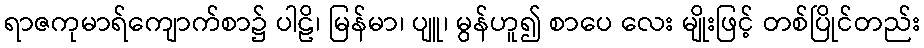
ရာဇကုမာရ်ကျောက်စာ၌ ပါဠိ၊ မြန်မာ၊ ပျူ၊ မွန်ဟူ၍ စာပေ လေး မျိုးဖြင့် တစ်ပြိုင်တည်း